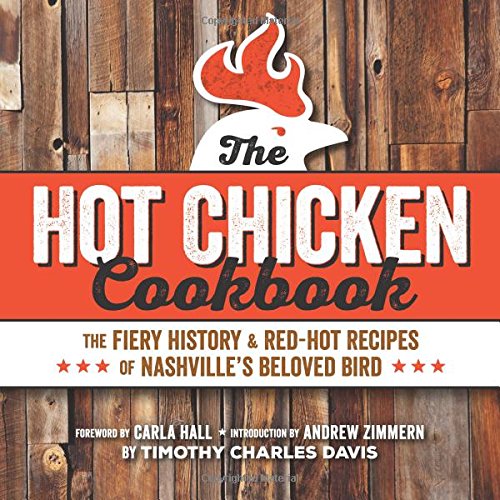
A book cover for Hot Chicken Cookbook: The Fiery History & Red-Hot Recipes of Nashville's Beloved Bird; Timothy Charles Davis; Cookbooks, Food & Wine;